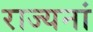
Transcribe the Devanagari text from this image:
राज्यनां